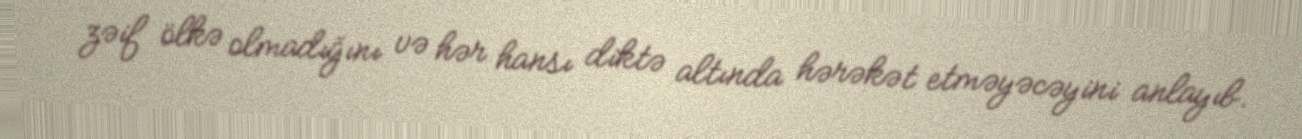
zəif ölkə olmadığını və hər hansı diktə altında hərəkət etməyəcəyini anlayıb.